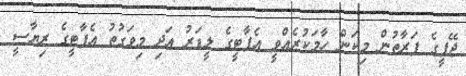
ޖޭޕީގެ ފަރާތުން މިކަން ހާމަކުރެއްވީ އެޕާޓީގެ ލީޑަރު އަދި މިވަގުތު އެޕާޓީގެ ރިޔާސީ